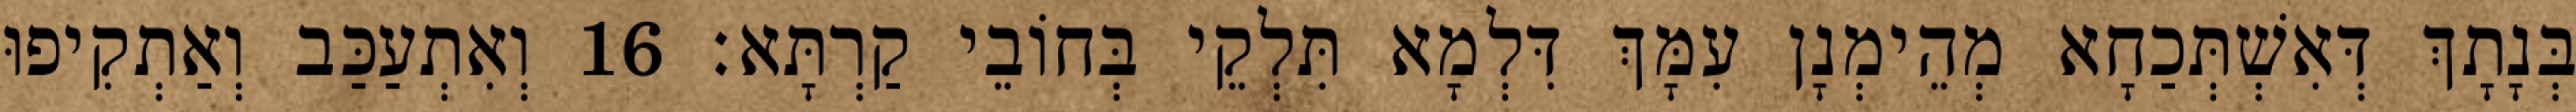
בְּנָתָךְ דְּאִשְׁתְּכַחָא מְהֵימְנָן עִמָּךְ דִּלְמָא תִּלְקֵי בְּחוֹבֵי קַרְתָּא׃ 16 וְאִתְעַכַּב וְאַתְקִיפוּ